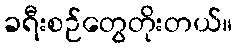
ခရီးစဉ်တွေတိုးတယ်။